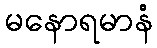
မနောရမာနံ